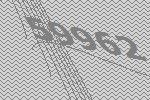
59962